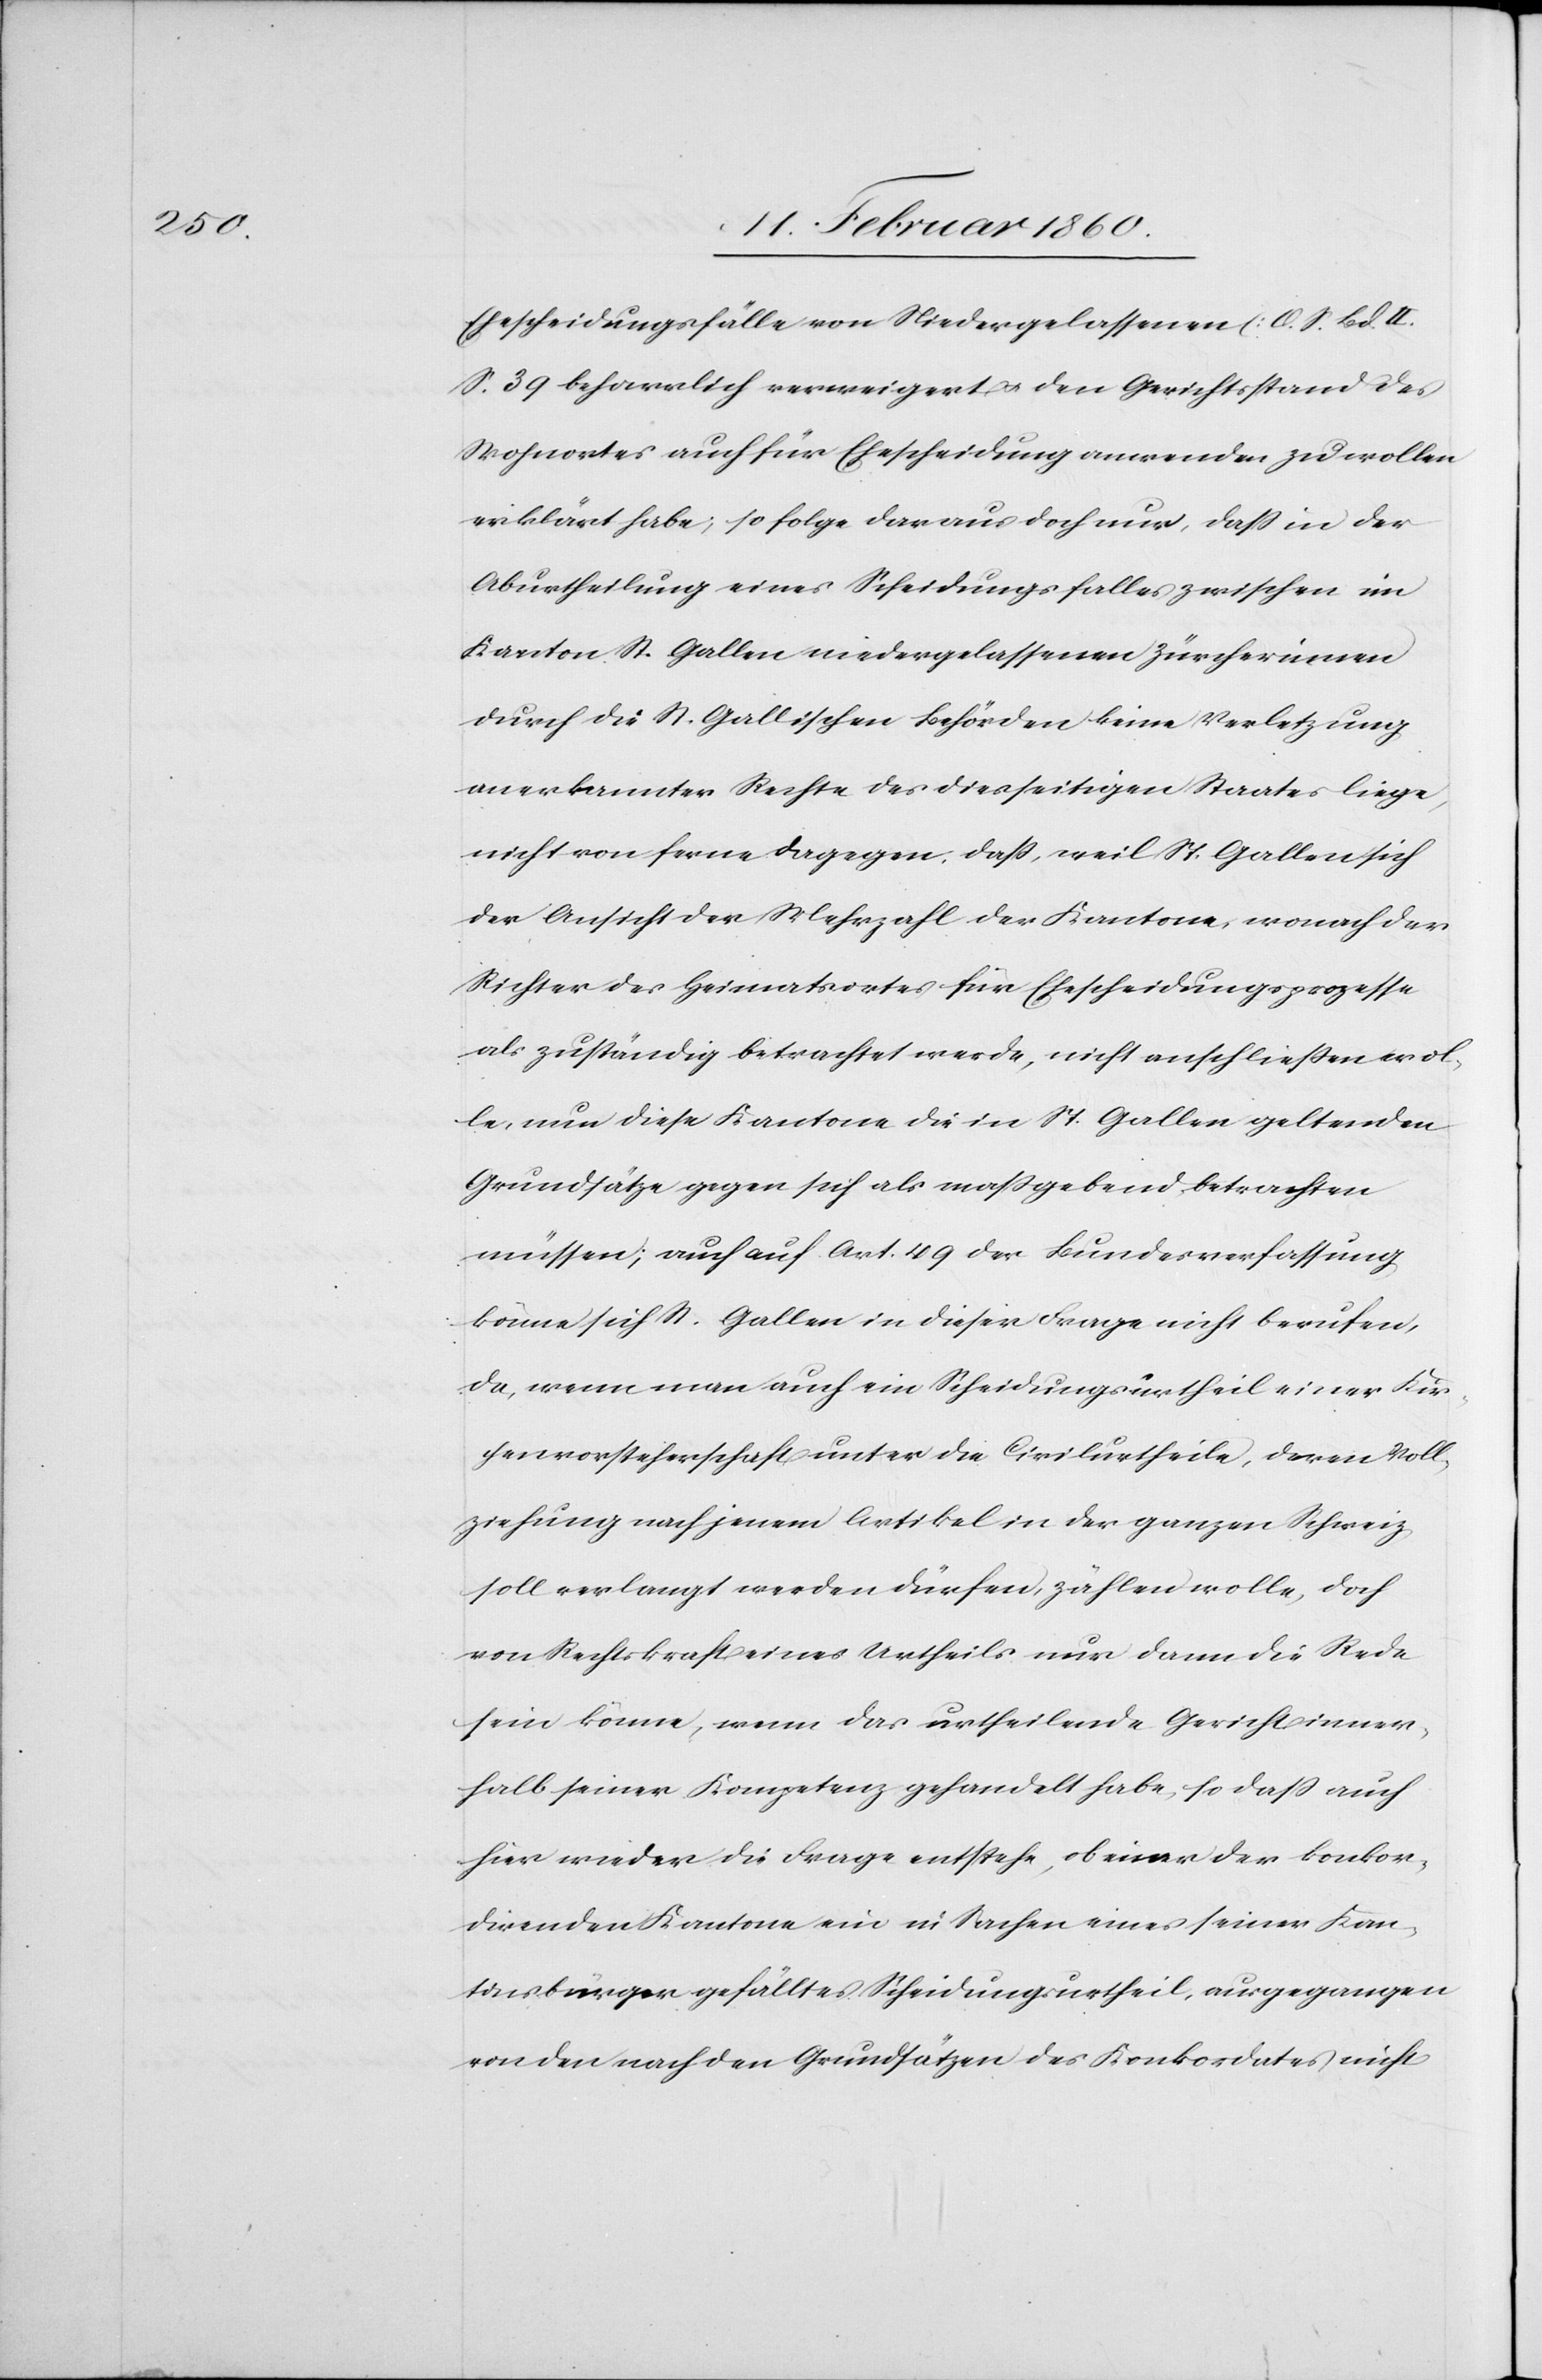
Ehescheidungsfälle von Niedergelassenen [O. S. Bd.
S. 39[]] beharrlich verweigert u. den Gerichtsstand des
Wohnortes auch für Ehescheidung anwenden zu wollen
erklärt habe; so folge daraus doch nur, dass in der
Aburtheilung eines Scheidungsfalles zwischen im
Kanton St. Gallen niedergelassenen Zürcherinnen
durch die St. Gallischen Behörden keine Verletzung
anerkannter Rechte des diesseitigen Staates liege,
nicht von ferne dagegen, dass, weil St. Gallen sich
der Ansicht der Mehrzahl der Kantone, wonach der
Richter des Heimatortes für Ehescheidungsprozesse
als zuständig betrachtet werde, nicht anschliessen wol¬
le, nun diese Kantone die in St. Gallen geltenden
Grundsätze gegen sich als maßgebend betrachten
müssen; auch auf Art. 49. der Bundesverfassung
könne sich St. Gallen in dieser Frage nicht berufen,
da, wenn man auch ein Scheidungsurtheil einer Kir¬
chenvorsteherschaft unter die Civilurtheile, deren Voll¬
ziehung nach jenem Artikel in der ganzen Schweiz
soll verlangt werden dürfen, zählen wolle, doch
von Rechtskraft eines Urtheils nur dann die Rede
sein könne, wenn das urtheilende Gericht inner¬
halb seiner Kompetenz gehandelt habe, so dass auch
hier wieder die Frage entstehe, ob einer der konkor¬
direnden Kantone ein in Sachen eines seiner Kan¬
tonsbürger gefälltes Scheidungsurtheil, ausgegangen
von den nach den Grundsätzen des Konkordates nicht